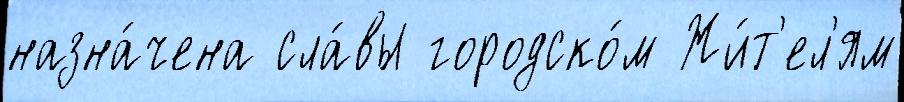
назна́чена сла́вы городско́м Жи́т'ел'ям